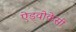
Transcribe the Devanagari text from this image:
ऐडवोकेसी